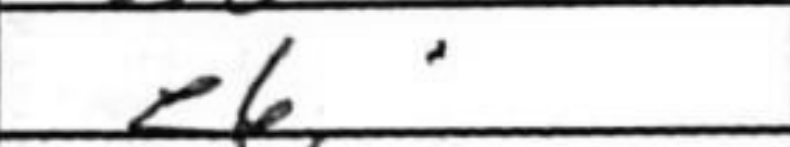
Transcription: e6